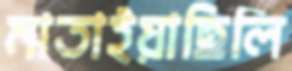
মাতাইয়াছিলি